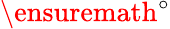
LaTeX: \ensuremath{^\circ}